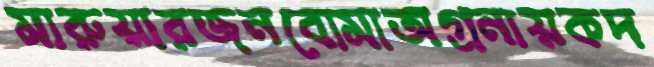
মারুয়ারজনবোমাঅগ্রনায়কদ